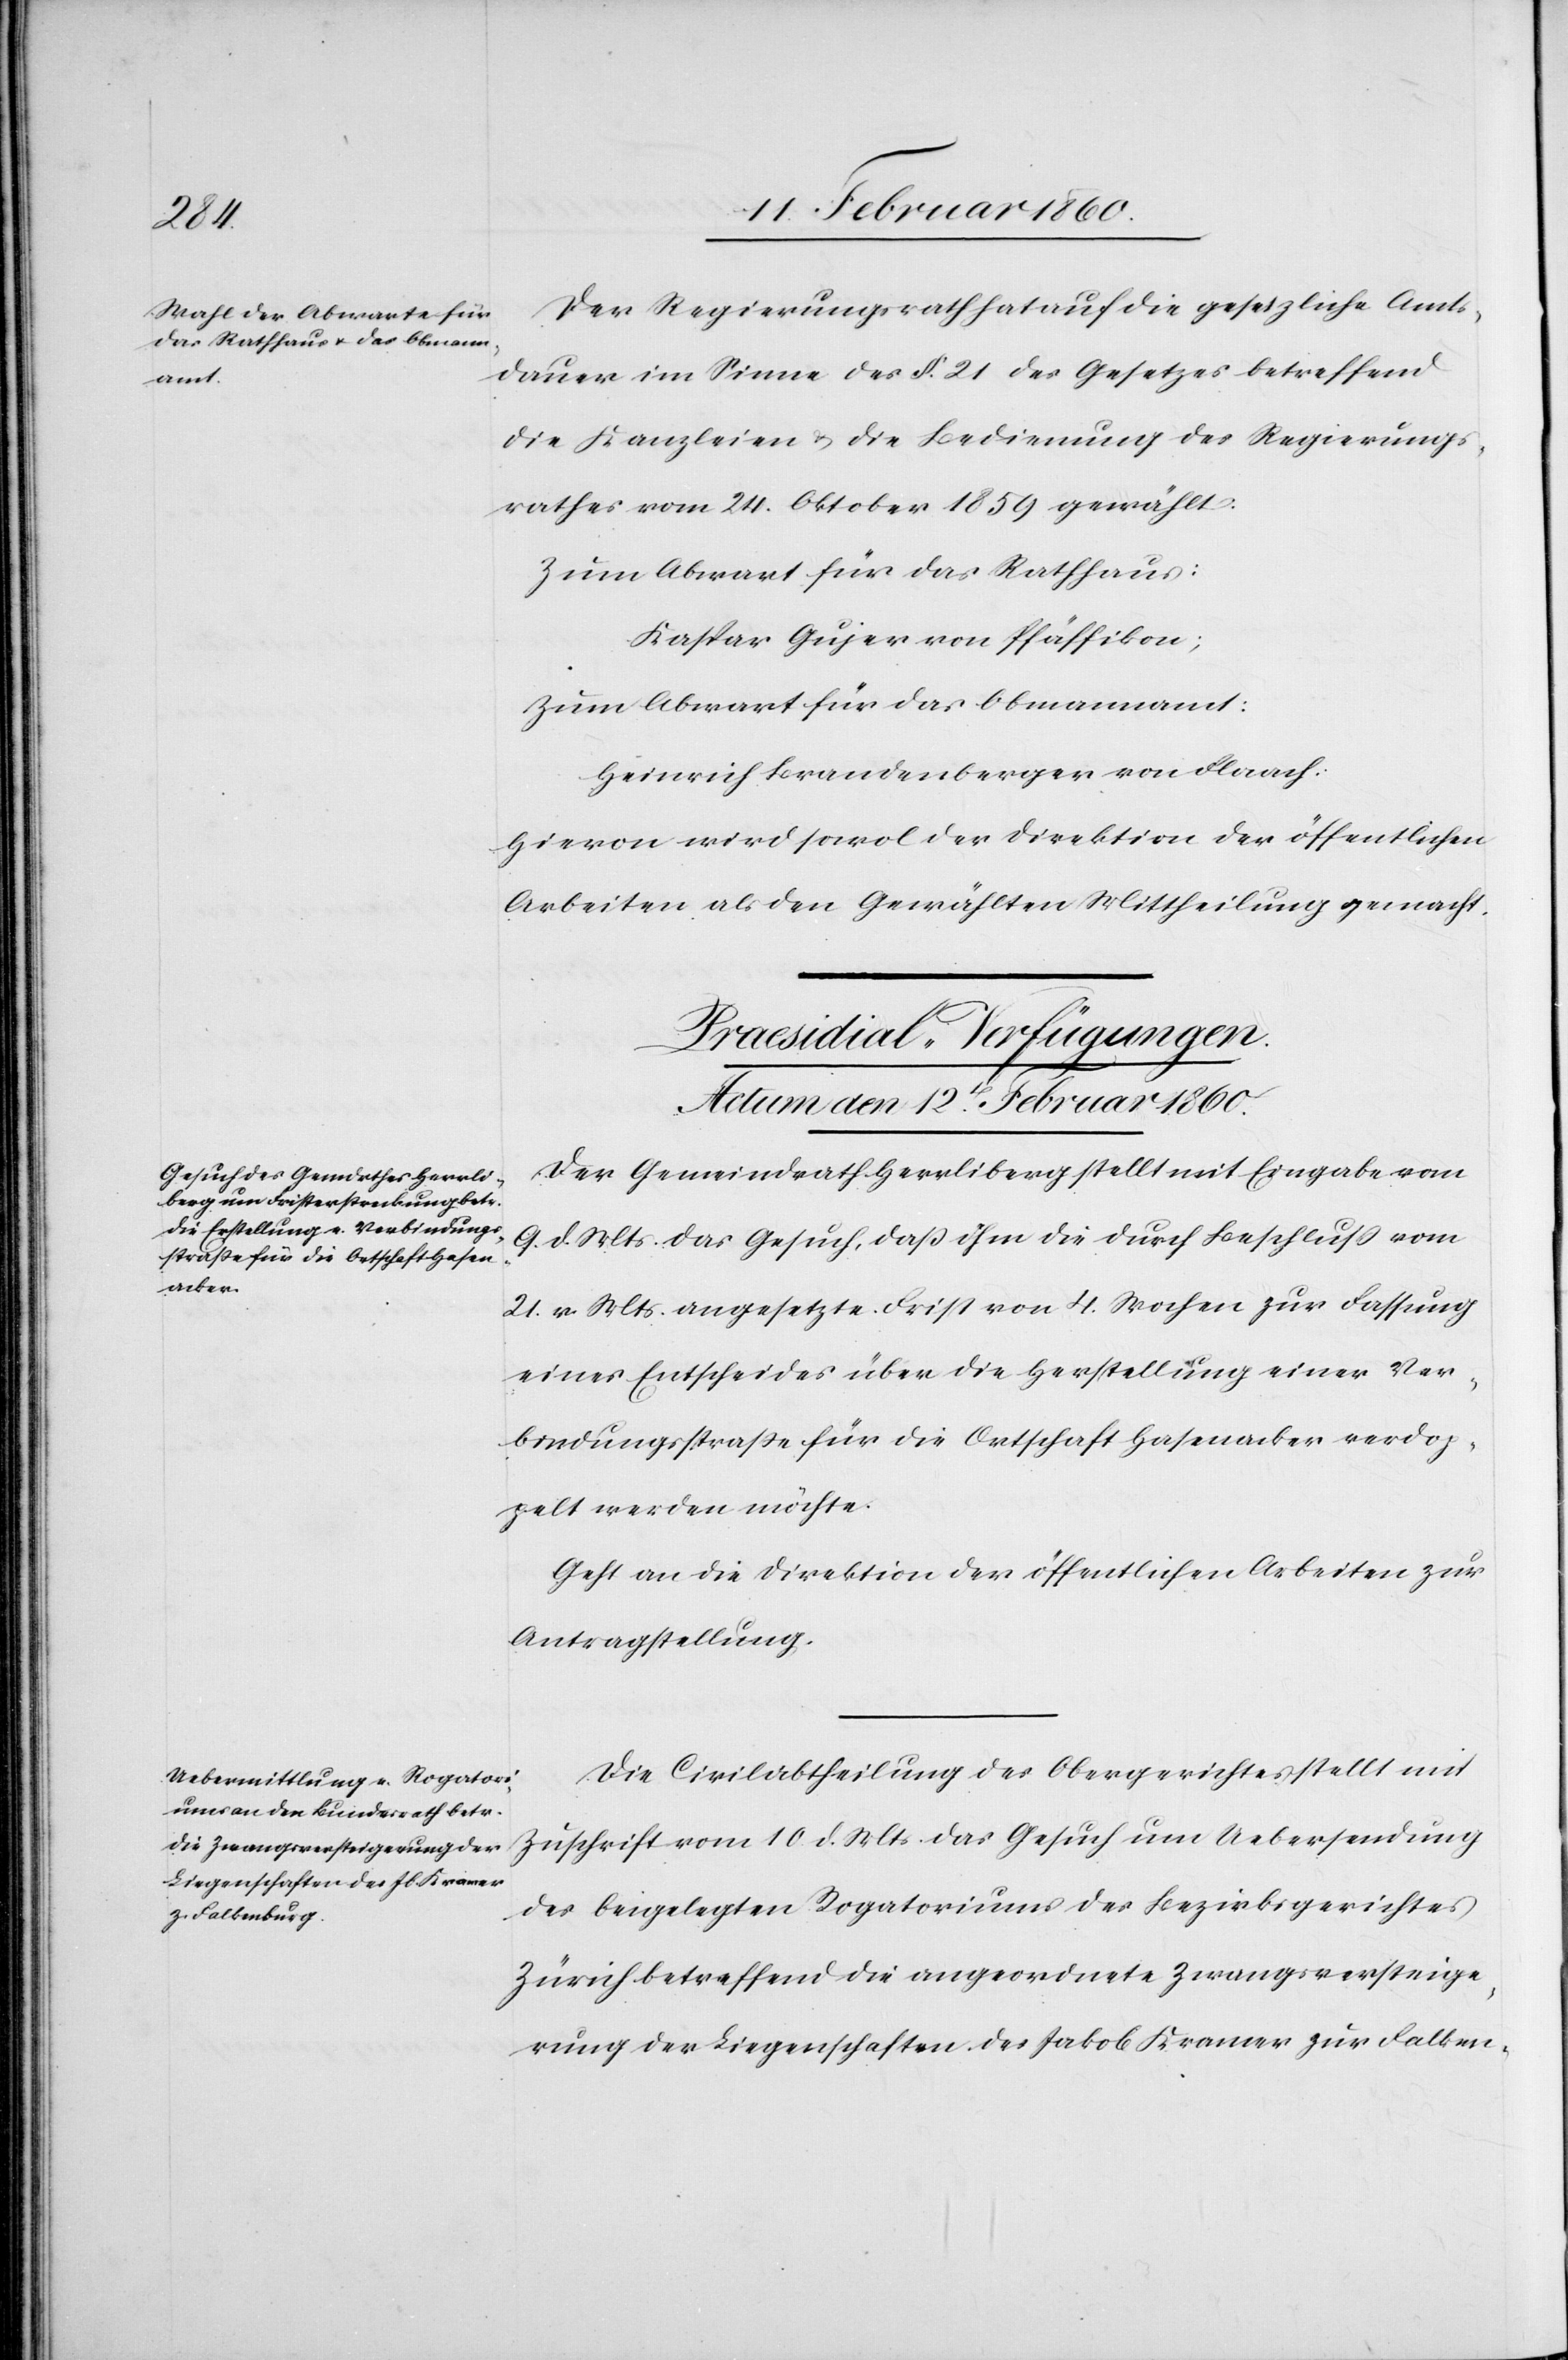
12t[e¬

n] Februar 1860.]
Der Regierungsrath hat auf die gesetzliche Amts¬
dauer im Sinne des §. 21. des Gesetzes betreffend
die Kanzleien u. die Bedienung des Regierungs¬
rathes vom 24. Oktober 1859 gewählt:
Zum Abwart für das Rathhaus:
Kaspar Gujer von Pfäffikon;
zum Abwart für das Obmannamt:
Heinrich Brandenberger von Flaach:
Hievon wird sowol der Direktion der öffentlichen
Arbeiten als den Gewählten Mittheilung gemacht.
[Praesidial-Verfügungen.
Der Gemeindrath Herrliberg stellt mit Eingabe vom
9. d. Mts. das Gesuch, dass ihm die durch Beschluß vom
21. v. Mts. angesetzte Frist von 4. Wochen zur Fassung
eines Entscheides über die Herstellung einer Ver¬
bindungsstrasse für die Ortschaft Hasenacker verdop¬
pelt werden möchte.
Geht an die Direktion der öffentlichen Arbeiten zur
Antragstellung.
Die Civilabtheilung des Obergerichtes stellt mit
Zuschrift vom 10. d. Mts. das Gesuch um Uebersendung
des beigelegten Rogatoriums des Bezirksgerichtes
Zürich betreffend die angeordnete Zwangsversteige¬
rung der Liegenschaften des Jakob Kramer zu Falken-